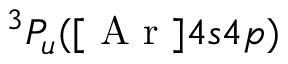
^ 3 P _ { u } ( [ \mathrm { ~ A ~ r ~ } ] 4 s 4 p )